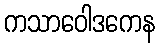
ကသာဝေါဒကေန